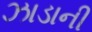
ઝાડાની